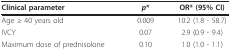
| Clinical parameter | p* | OR* (95% CI) |
 | --- | --- | --- |
 | Age ≥ 40 years old | 0.009 | 10.2 (1.8 - 58.7) |
 | IVCY | 0.07 | 2.9 (0.9 - 9.4) |
 | Maximum dose of prednisolone | 0.10 | 1.0 (1.0 - 1.1) |